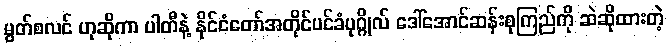
မွတ်စလင် ဟုဆိုကာ ပါတီနဲ့ နိုင်ငံတော်အတိုင်ပင်ခံပုဂ္ဂိုလ် ဒေါ်အောင်ဆန်းစုကြည်ကို ဆဲဆိုထားတဲ့